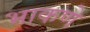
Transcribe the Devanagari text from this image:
भाकणे